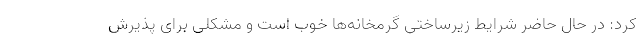
کرد: در حال حاضر شرایط زیرساختی گرمخانه‌ها خوب است و مشکلی برای پذیرش